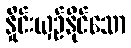
နှိုင်းယှဉ်နိုင်သော